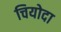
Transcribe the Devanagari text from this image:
चियोदा